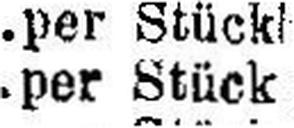
per Stück